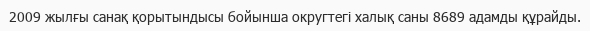
2009 жылғы санақ қорытындысы бойынша округтегі халық саны 8689 адамды құрайды.